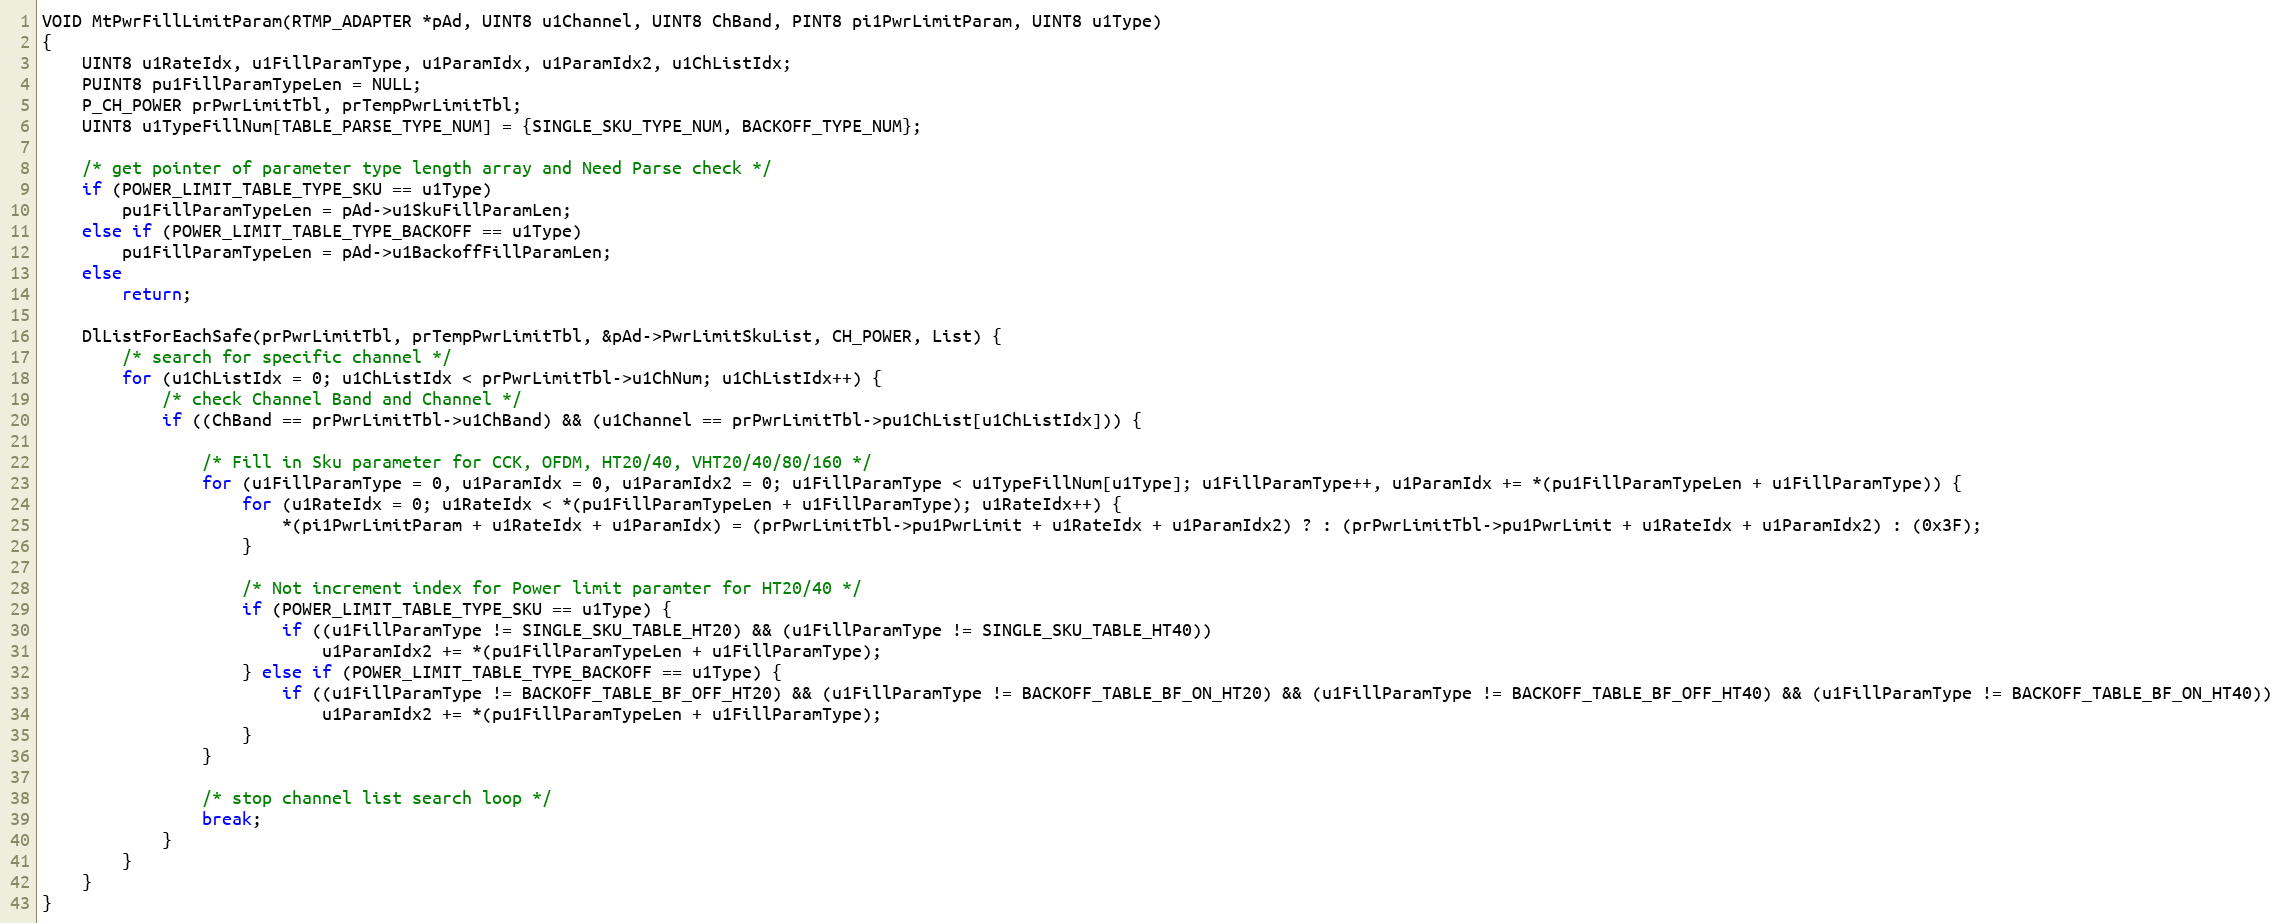
Language: C
VOID MtPwrFillLimitParam(RTMP_ADAPTER *pAd, UINT8 u1Channel, UINT8 ChBand, PINT8 pi1PwrLimitParam, UINT8 u1Type)
{
	UINT8 u1RateIdx, u1FillParamType, u1ParamIdx, u1ParamIdx2, u1ChListIdx;
	PUINT8 pu1FillParamTypeLen = NULL;
	P_CH_POWER prPwrLimitTbl, prTempPwrLimitTbl;
	UINT8 u1TypeFillNum[TABLE_PARSE_TYPE_NUM] = {SINGLE_SKU_TYPE_NUM, BACKOFF_TYPE_NUM};

	/* get pointer of parameter type length array and Need Parse check */
	if (POWER_LIMIT_TABLE_TYPE_SKU == u1Type)
		pu1FillParamTypeLen = pAd->u1SkuFillParamLen;
	else if (POWER_LIMIT_TABLE_TYPE_BACKOFF == u1Type)
		pu1FillParamTypeLen = pAd->u1BackoffFillParamLen;
	else
		return;

	DlListForEachSafe(prPwrLimitTbl, prTempPwrLimitTbl, &pAd->PwrLimitSkuList, CH_POWER, List) {
		/* search for specific channel */
		for (u1ChListIdx = 0; u1ChListIdx < prPwrLimitTbl->u1ChNum; u1ChListIdx++) {
			/* check Channel Band and Channel */
			if ((ChBand == prPwrLimitTbl->u1ChBand) && (u1Channel == prPwrLimitTbl->pu1ChList[u1ChListIdx])) {

				/* Fill in Sku parameter for CCK, OFDM, HT20/40, VHT20/40/80/160 */
				for (u1FillParamType = 0, u1ParamIdx = 0, u1ParamIdx2 = 0; u1FillParamType < u1TypeFillNum[u1Type]; u1FillParamType++, u1ParamIdx += *(pu1FillParamTypeLen + u1FillParamType)) {
					for (u1RateIdx = 0; u1RateIdx < *(pu1FillParamTypeLen + u1FillParamType); u1RateIdx++) {
						*(pi1PwrLimitParam + u1RateIdx + u1ParamIdx) = (prPwrLimitTbl->pu1PwrLimit + u1RateIdx + u1ParamIdx2) ? : (prPwrLimitTbl->pu1PwrLimit + u1RateIdx + u1ParamIdx2) : (0x3F);
					}

					/* Not increment index for Power limit paramter for HT20/40 */
					if (POWER_LIMIT_TABLE_TYPE_SKU == u1Type) {
						if ((u1FillParamType != SINGLE_SKU_TABLE_HT20) && (u1FillParamType != SINGLE_SKU_TABLE_HT40))
							u1ParamIdx2 += *(pu1FillParamTypeLen + u1FillParamType);
					} else if (POWER_LIMIT_TABLE_TYPE_BACKOFF == u1Type) {
						if ((u1FillParamType != BACKOFF_TABLE_BF_OFF_HT20) && (u1FillParamType != BACKOFF_TABLE_BF_ON_HT20) && (u1FillParamType != BACKOFF_TABLE_BF_OFF_HT40) && (u1FillParamType != BACKOFF_TABLE_BF_ON_HT40))
							u1ParamIdx2 += *(pu1FillParamTypeLen + u1FillParamType);
					}
				}

				/* stop channel list search loop */
				break;
			}
		}
	}
}